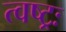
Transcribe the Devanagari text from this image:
त्वष्ट्रः